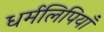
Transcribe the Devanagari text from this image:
धर्मलिपियाँ